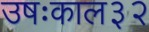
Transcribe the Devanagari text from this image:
उषःकाल३२